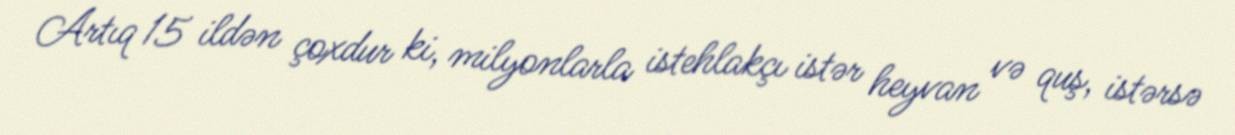
Artıq 15 ildən çoxdur ki, milyonlarla istehlakçı istər heyvan və quş, istərsə